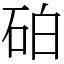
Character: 砶